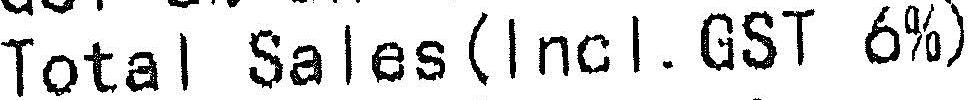
TOTAL SALES(INCL.GST 6%)